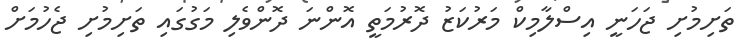
ތަށިމުށި ޖަހަނީ އިސްލާމިކް މަރުކަޒު ދޮރުމަތީ އޮންނަ ދޮންވެލި މަގުގައި ތަށިމުށި ޖެހުމަށް